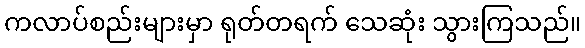
ကလာပ်စည်းများမှာ ရုတ်တရက် သေဆုံး သွားကြသည်။